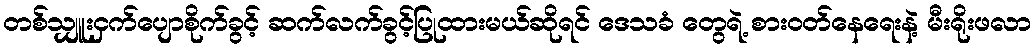
တစ်သျှူးငှက်ပျောစိုက်ခွင့် ဆက်လက်ခွင့်ပြုထားမယ်ဆိုရင် ဒေသခံ တွေရဲ့ စားဝတ်နေရေးနဲ့ မီးရိုးဖလာ